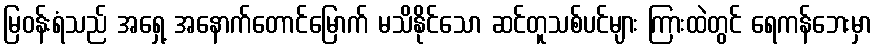
မြဝန်းရံသည် အရှေ့ အနောက်တောင်မြောက် မသိနိုင်သော ဆင်တူသစ်ပင်များ ကြားထဲတွင် ရေကန်ဘေးမှာ